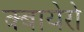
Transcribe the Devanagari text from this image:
क्बायेरो